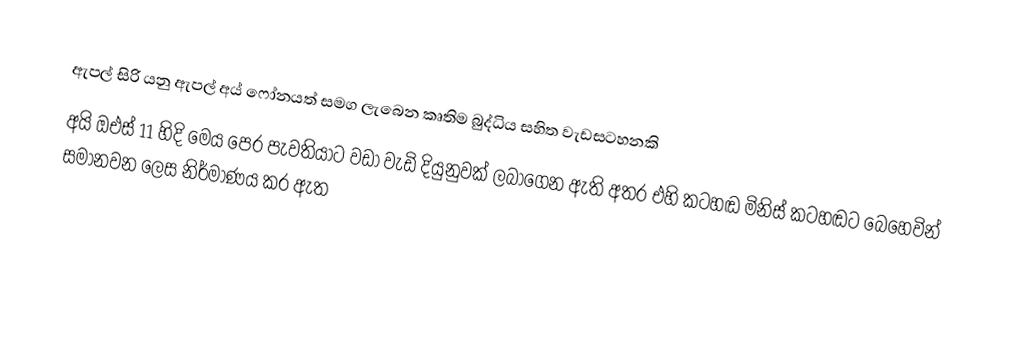
ඇපල් සිරි යනු ඇපල් අය් ෆෝනයත් සමග ලැබෙන කෘතිම බුද්ධිය සහිත වැඩසටහනකි
අයි ඔඑස් 11 හිදි මෙය පෙර පැවතියාට වඩා වැඩි දියුනුවක් ලබාගෙන ඇති අතර එහි කටහඬ මිනිස් කටහඬට බෙහෙවින් සමානවන ලෙස නිර්මාණය කර ඇත